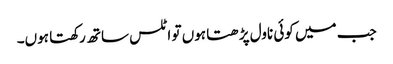
جب میں کوئی ناول پڑھتا ہوں تو اٹلس ساتھ رکھتا ہوں۔